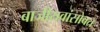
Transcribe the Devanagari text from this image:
बाजीरावांसोबत